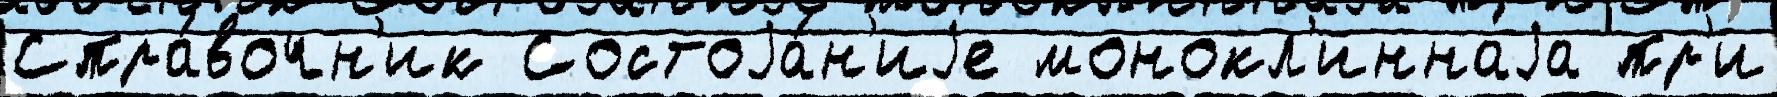
Спра́вочн'ик Состоjа́н'иjе монокл'иннаjа пр'и